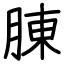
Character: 腖